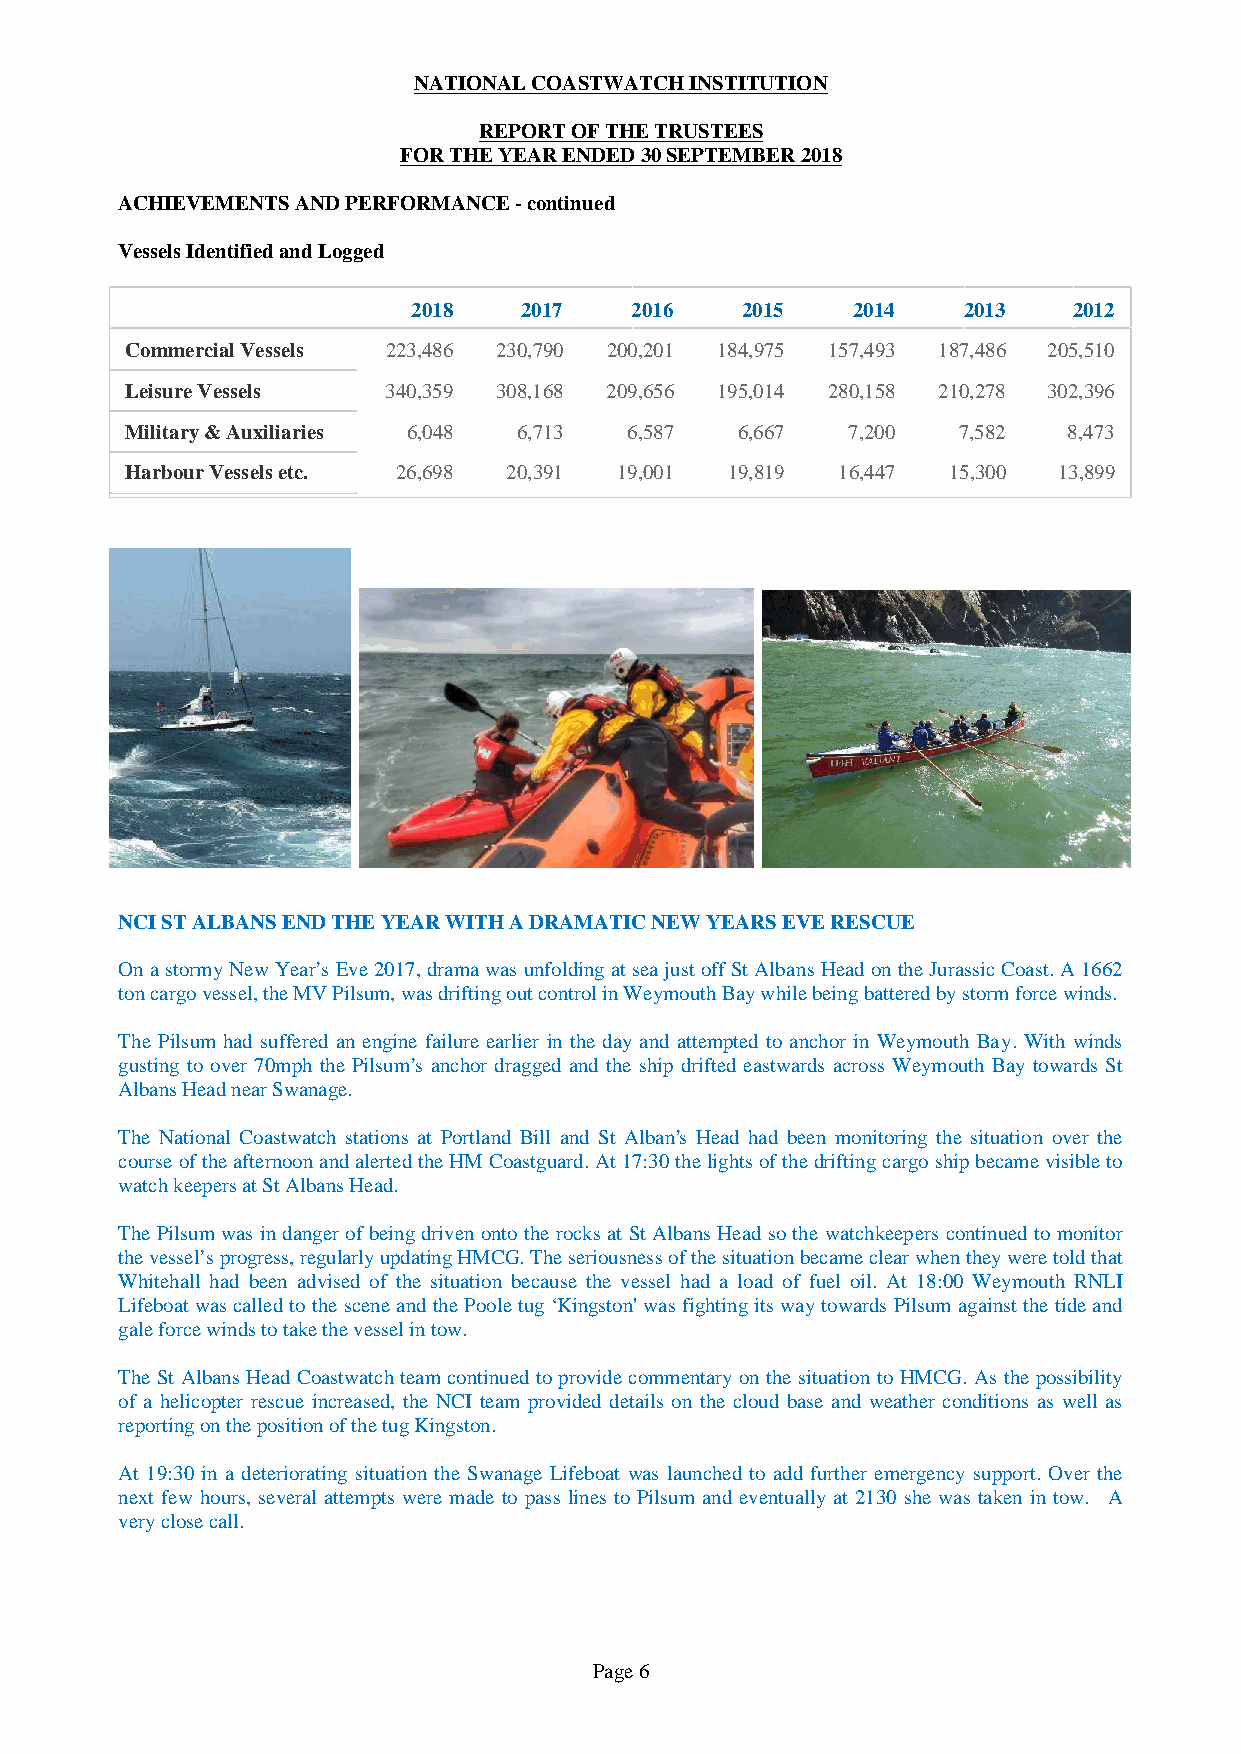
NATIONAL COASTWATCH INSTITUTION
 REPORT OF THE TRUSTEES
 FOR THE YEAR ENDED 30 SEPTEMBER 2018
 ACHIEVEMENTS AND PERFORMANCE - continued
 Vessels Identified and Logged
 2018   2017    2016   2015   2014    2013   2012
 Commercial Vessels 223,486 230,790 200,201 184,975 157,493 187,486 205,510
 Leisure Vessels   340,359 308,168 209,656 195,014 280,158 210,278 302,396
 Military & Auxiliaries 6,048 6,713 6,587 6,667  7,200  7,582   8,473
 Harbour Vessels etc. 26,698 20,391 19,001 19,819 16,447 15,300 13,899
 NCI ST ALBANS END THE YEAR WITH A DRAMATIC NEW YEARS EVE RESCUE
 On a stormy New Year’s Eve 2017, drama was unfolding at sea just off St Albans Head on the Jurassic Coast. A 1662
 ton cargo vessel, the MV Pilsum, was drifting out control in Weymouth Bay while being battered by storm force winds.
 The Pilsum had suffered an engine failure earlier in the day and attempted to anchor in Weymouth Bay. With winds
 gusting to over 70mph the Pilsum’s anchor dragged and the ship drifted eastwards across Weymouth Bay towards St
 Albans Head near Swanage.
 The National Coastwatch stations at Portland Bill and St Alban’s Head had been monitoring the situation over the
 course of the afternoon and alerted the HM Coastguard. At 17:30 the lights of the drifting cargo ship became visible to
 watch keepers at St Albans Head.
 The Pilsum was in danger of being driven onto the rocks at St Albans Head so the watchkeepers continued to monitor
 the vessel’s progress, regularly updating HMCG. The seriousness of the situation became clear when they were told that
 Whitehall had been advised of the situation because the vessel had a load of fuel oil. At 18:00 Weymouth RNLI
 Lifeboat was called to the scene and the Poole tug ‘Kingston' was fighting its way towards Pilsum against the tide and
 gale force winds to take the vessel in tow.
 The St Albans Head Coastwatch team continued to provide commentary on the situation to HMCG. As the possibility
 of a helicopter rescue increased, the NCI team provided details on the cloud base and weather conditions as well as
 reporting on the position of the tug Kingston.
 At 19:30 in a deteriorating situation the Swanage Lifeboat was launched to add further emergency support. Over the
 next few hours, several attempts were made to pass lines to Pilsum and eventually at 2130 she was taken in tow. A
 very close call.
 Page 6